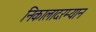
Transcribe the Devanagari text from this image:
निकालादरम्यान